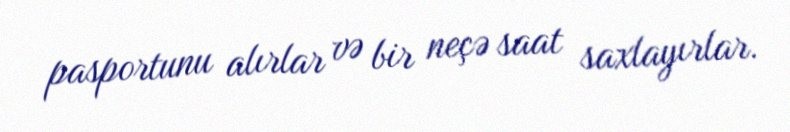
pasportunu alırlar və bir neçə saat saxlayırlar.